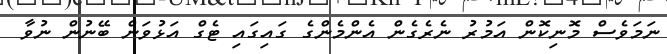
ނަމަވެސް މޮނިކޮން އަމުރު ނެރެގެން އެންމެންގެ ގައިގައި ޓެގް އަޅުވަން ބޭނުން ނުވާ